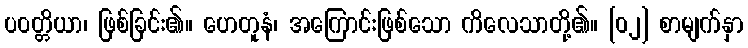
ပဝတ္တိယာ၊ ဖြစ်ခြင်း၏။ ဟေတူနံ၊ အကြောင်းဖြစ်သော ကိလေသာတို့၏။ [၀၂] စာမျက်နှာ